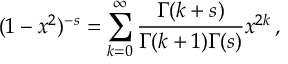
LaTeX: ( 1 - x ^ { 2 } ) ^ { - s } = \sum _ { k = 0 } ^ { \infty } { \frac { \Gamma ( k + s ) } { \Gamma ( k + 1 ) \Gamma ( s ) } } x ^ { 2 k } \, ,